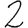
Digit: 2